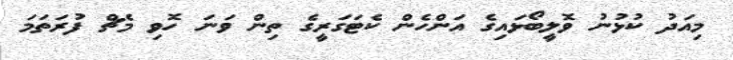
މިއަދު ކުޅުނު ވޮލީބޯޅައިގެ އަންހެން ކެޓަގަރީގެ ތިން ވަނަ ހޮވި މެޗް ފުރަތަމަ